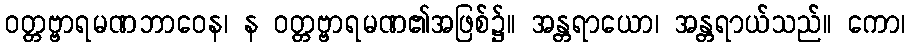
ဝတ္တဗ္ဗာရမဏဘာဝေန၊ န ဝတ္တဗ္ဗာရမဏ၏အဖြစ်၌။ အန္တရာယော၊ အန္တရာယ်သည်။ ကော၊